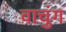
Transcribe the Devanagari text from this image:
वाचुंग